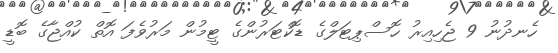
ހެނދުނު 9 ޖެހިއިރު ހޮސްޕިޓަލްގެ ޑޮކްޓަރުންގެ ޓީމުން މަރުވެފަ އޮތް ކުއްޖާގެ ބޮޑީ